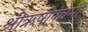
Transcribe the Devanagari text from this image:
श्रीऋषीपंचमी